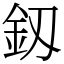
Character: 釼